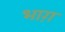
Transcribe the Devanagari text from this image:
भाग़